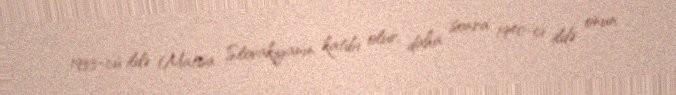
1933-cü ildə Matisa Slovakiyanın katibi olur, daha sonra 1940-cı ildə onun